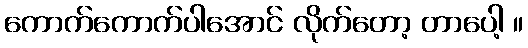
ကောက်ကောက်ပါအောင် လိုက်တော့ တာပေါ့ ။